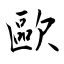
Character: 歐